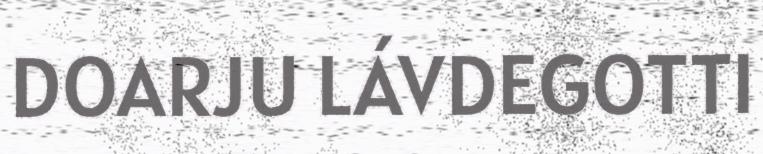
DOARJU LÁVDEGOTTI